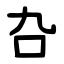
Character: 叴